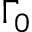
\Gamma _ { 0 }